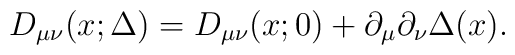
D_{\mu \nu}(x;\Delta) = D_{\mu \nu}(x;0)        + \partial_\mu \partial_\nu\Delta(x).